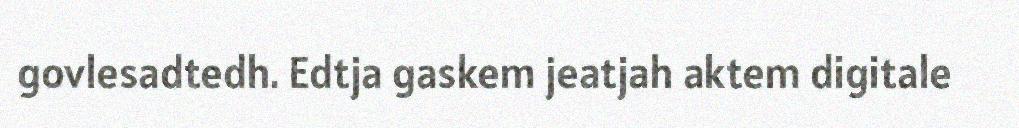
govlesadtedh. Edtja gaskem jeatjah aktem digitale